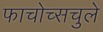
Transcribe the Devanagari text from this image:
फाचोच्सचुले